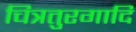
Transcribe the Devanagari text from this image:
चित्रतुरगादि